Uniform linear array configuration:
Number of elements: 32
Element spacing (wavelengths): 0.75
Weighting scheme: cosine
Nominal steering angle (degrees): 30
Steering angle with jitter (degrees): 31.114
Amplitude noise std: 0.05
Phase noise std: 0.05

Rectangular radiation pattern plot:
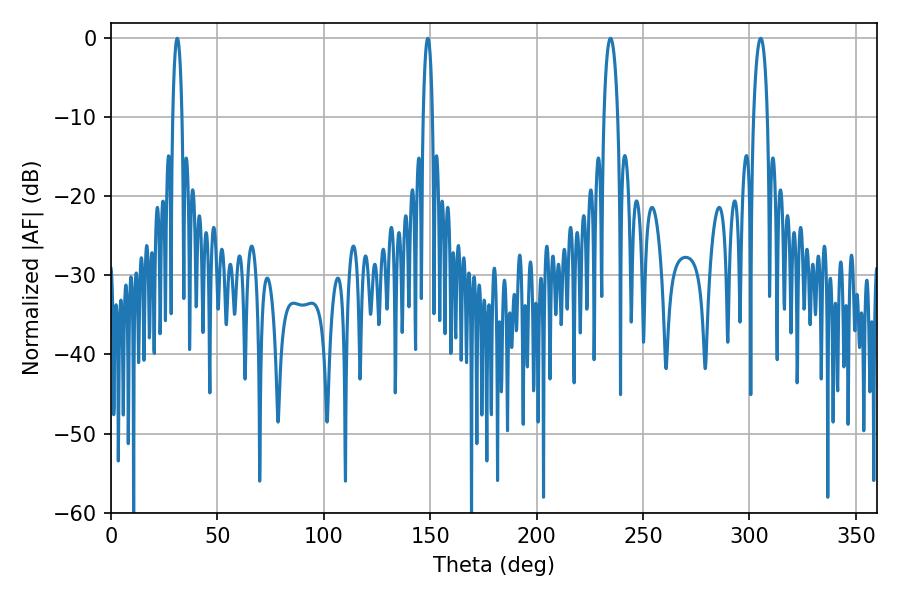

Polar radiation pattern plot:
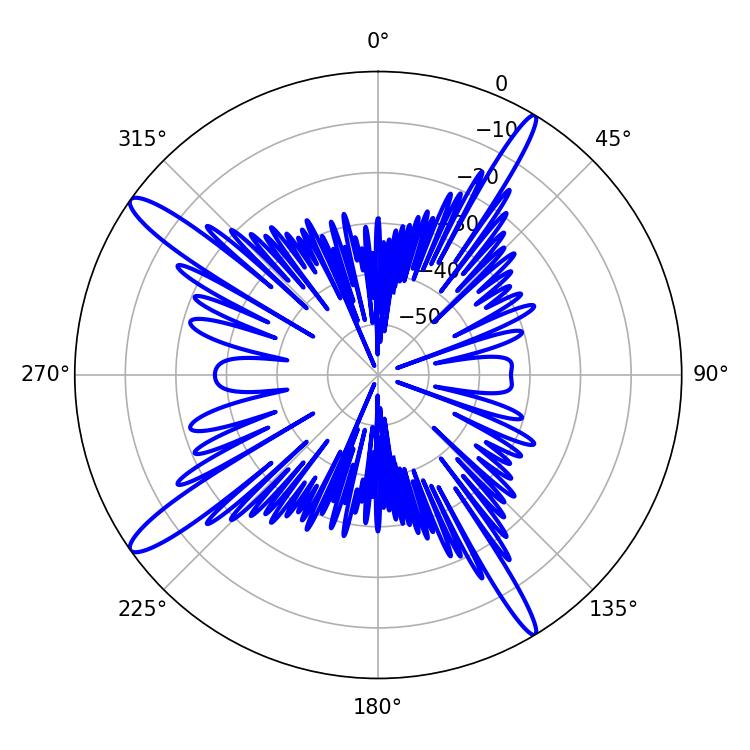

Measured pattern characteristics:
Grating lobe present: TRUE
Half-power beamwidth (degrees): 3.6
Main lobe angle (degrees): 234.72